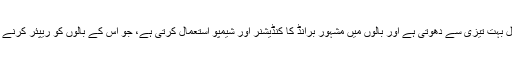
ایوا گرین اپنے بال بہت تیزی سے دھوتی ہے اور بالوں میں مشہور برانڈ کا کنڈیشنر اور شیمپو استعمال کرتی ہے، جو اس کے بالوں کو ریپئر کرنے میں مدد کرتاہے۔